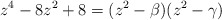
\begin{align*}z^{4}-8z^{2}+8 = (z^{2}- \beta)(z^{2}-\gamma)\end{align*}